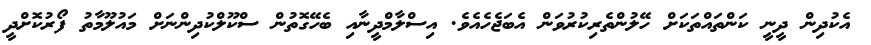
އެކުދިން ދީނީ ކަންތައްތަކަށް ހޭލުންތެރިކުރުވަން އެބަޖެހެއެވެ. އިސްލާމްދީނާއި ބެހޭގޮތުން ސްކޫލްކުދިންނަށް މައުލޫމާތު ފޯރުކޮށްދީ